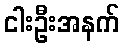
ငါးဦးအနက်